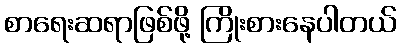
စာရေးဆရာဖြစ်ဖို့ ကြိုးစားနေပါတယ်